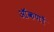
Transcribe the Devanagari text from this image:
ऑंकणों